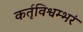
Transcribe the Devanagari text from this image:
कर्तृविश्वम्भरं